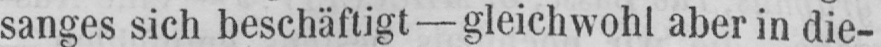
sanges sich beschäftigt - gleichwohl aber in die-